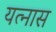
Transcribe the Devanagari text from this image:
यत्नास